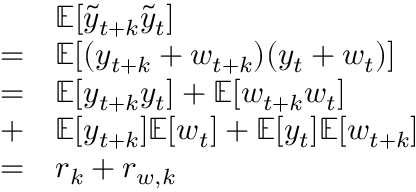
\begin{array} { r l } & { \mathbb { E } [ \tilde { y } _ { t + k } \tilde { y } _ { t } ] } \\ { = } & { \mathbb { E } [ ( y _ { t + k } + w _ { t + k } ) ( y _ { t } + w _ { t } ) ] } \\ { = } & { \mathbb { E } [ y _ { t + k } y _ { t } ] + \mathbb { E } [ w _ { t + k } w _ { t } ] } \\ { + } & { \mathbb { E } [ y _ { t + k } ] \mathbb { E } [ w _ { t } ] + \mathbb { E } [ y _ { t } ] \mathbb { E } [ w _ { t + k } ] } \\ { = } & { r _ { k } + r _ { w , k } } \end{array}